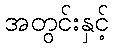
အတွင်းနှင့်